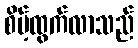
စိမ့်ထွက်လာသည်